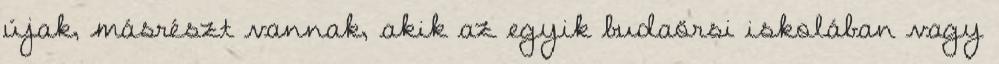
újak, másrészt vannak, akik az egyik budaörsi iskolában vagy